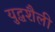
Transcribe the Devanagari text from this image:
युद्धशैली